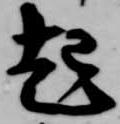
起